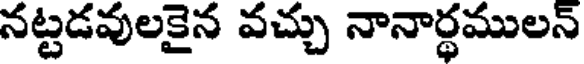
నట్టడవులకైన వచ్చు నానార్థములన్